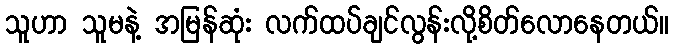
သူဟာ သူမနဲ့ အမြန်ဆုံး လက်ထပ်ချင်လွန်းလို့စိတ်လောနေတယ်။